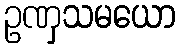
ဥဏှသမယော